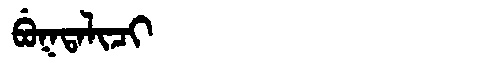
Manchu: ᠪᡠᡴᡨᠠᠯᡳᠴᡳ
Romanization: BUKTALICI